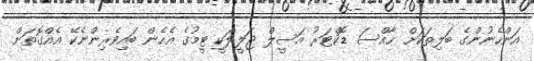
އަންހެނުންގެ ބަލިތަކަށް ޚާއްސަ ޑޮކްޓަރު އަސީލް ޖަލީލަކީ ޓީމުގެ އެހެން ބައިވެރިންނެކޭ އެއްގޮތަށް